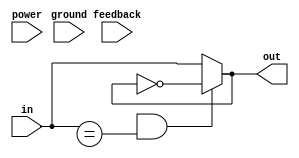
module schmitt_trigger_buffer (
    input wire in,
    output reg out,
    input wire feedback,
    input wire power,
    input wire ground
);

reg hysteresis_threshold;
reg hysteresis_loop;

always @ (in or feedback)
begin
    if (hysteresis_loop && (in == hysteresis_threshold))
        out <= !out;
    else
        out <= in;
end

always @ (posedge power or posedge ground)
begin
    // Power and ground connections logic
end

// Additional features such as output slew rate control, ESD protection, and configurable drive strength can be added as needed

endmodule